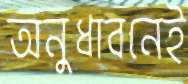
অনুধাবনেই